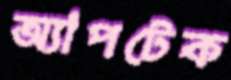
অ্যাপটেক